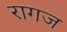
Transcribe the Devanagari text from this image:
रागज